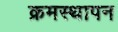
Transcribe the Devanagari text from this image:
क्रमस्थापन